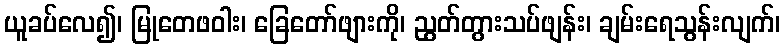
ယူခပ်လေ၍၊ မြုတေဖဝါး၊ ခြေတော်ဖျားကို၊ ညွတ်တွားသပ်ဖျန်း၊ ချမ်းရေသွန်းလျက်၊